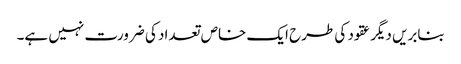
بنابریں دیگر عقود کی طرح ایک خاص تعداد کی ضرورت نہیں ہے۔